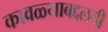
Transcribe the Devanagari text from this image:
कावळ्याबद्दलची